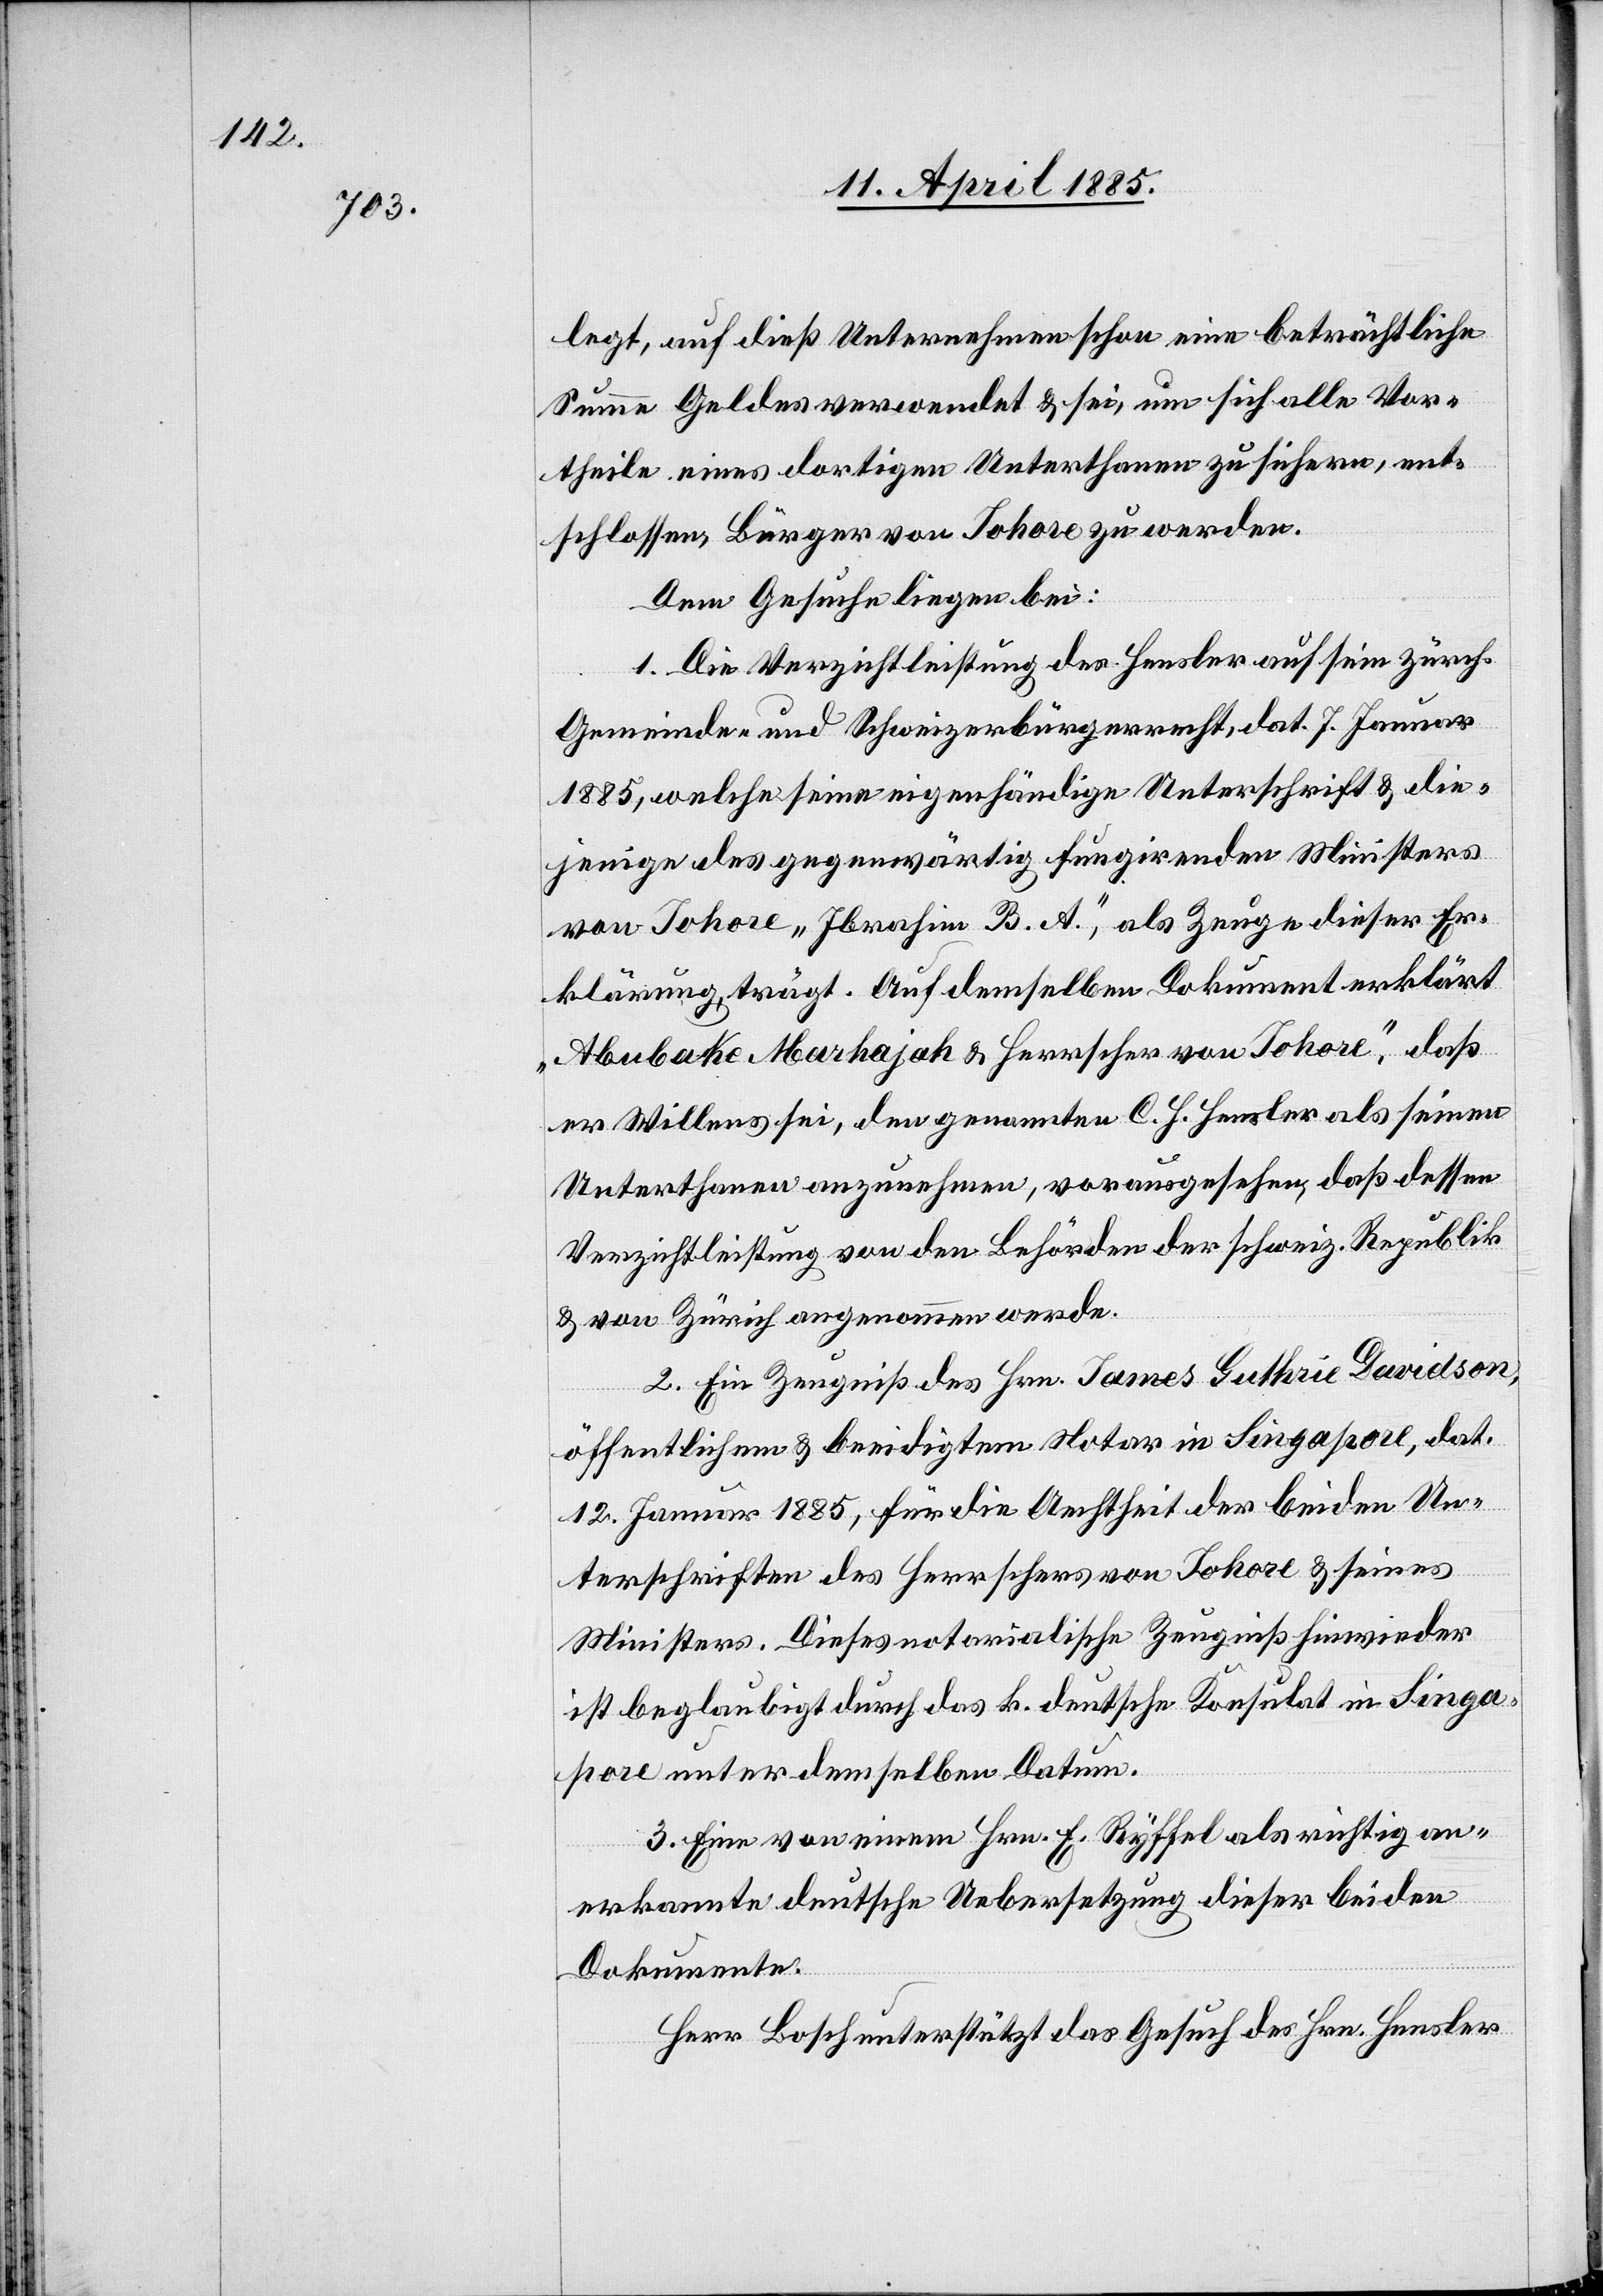
legt, auf dieß Unternehmen schon eine beträchtliche
Summe Geldes verwendet & sei, um sich alle Vor¬
theile eines dortigen Unterthanen zu sichern, ent¬
schlossen, Bürger von Johore zu werden.
Dem Gesuche liegen bei:
1. Die Verzichtleistung des Hensler auf sein zürch.
Gemeinde- und Schweizerbürgerrecht, dat. 7. Januar
1885, welche seine eigenhändige Unterschrift & die¬
jenige des gegenwärtig fungirenden Ministers
von Johore „Ibrahim B. A.“, als Zeuge dieser Er¬
klärung trägt. Auf demselben Dokument erklärt
„Abubake Marhajah & Herrscher von Johore“, daß
er Willens sei, den genannten C. J. Hensler als seinen
Unterthanen anzunehmen, vorausgesehen, daß dessen
Verzichtleistung von den Behörden der schweiz. Republik
& von Zürich angenommen werde.
2. Ein Zeugniß des Hrn. James Guthrie Davidson,
öffentlichem & beeidigtem Notar in Singapore, dat.
12. Januar 1885, für die Aechtheit der beiden Un¬
terschriften des Herrschers von Johore & seines
Ministers. Dieses notarialische Zeugniß hiewieder
ist beglaubigt durch das k. deutsche Konsulat in Singa¬
pore unter demselben Datum.
3. Eine von einem Hrn. F. Ryffel als richtig an¬
erkannte deutsche Uebersetzung dieser beiden
Dokumente.
Herr Bosch unterstützt das Gesuch des Hrn. Hensler